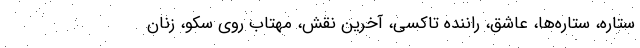
ستاره، ستاره‌ها، عاشق، راننده تاکسی، آخرین نقش، مهتاب روی سکو، زنان